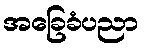
အခြေခံပညာ